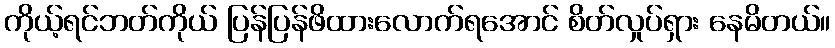
ကိုယ့်ရင်ဘတ်ကိုယ် ပြန်ပြန်ဖိထားလောက်ရအောင် စိတ်လှုပ်ရှား နေမိတယ်။